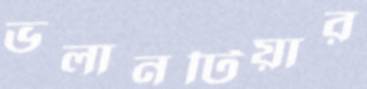
ভলানটিয়ার